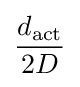
{\frac {d_{\mathrm {act} }}{2D}}